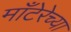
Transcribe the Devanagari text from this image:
माँटेरेच्या